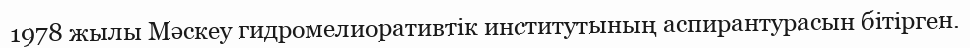
1978 жылы Мәскеу гидромелиоративтік институтының аспирантурасын бітірген.